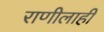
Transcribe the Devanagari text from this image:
राणीलाही